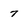
Character: 7